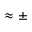
\approx \pm